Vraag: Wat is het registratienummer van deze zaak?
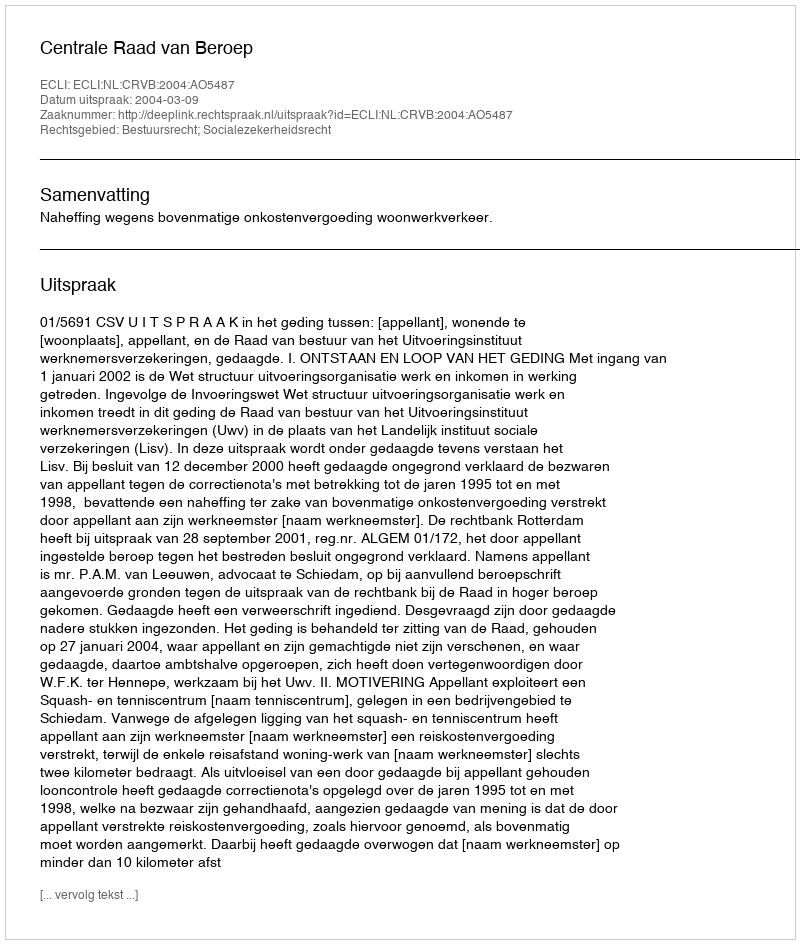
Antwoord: http://deeplink.rechtspraak.nl/uitspraak?id=ECLI:NL:CRVB:2004:AO5487